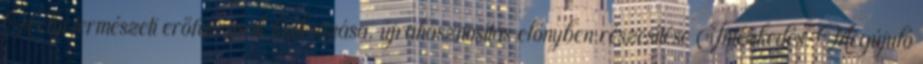
Helyi természeti erőforrások kiaknázása, újrahasznosítás előnyben részesítése Intézkedés: Megújuló